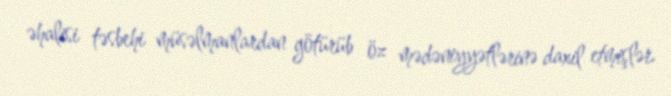
əhalisi təsbehi müsəlmanlardan götürüb öz mədəniyyətlərinə daxil etmişlər.